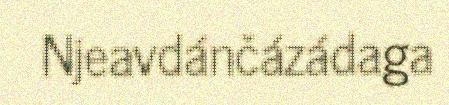
Njeavdánčázádaga